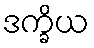
ဒက္ခိယ